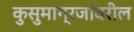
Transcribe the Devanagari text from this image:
कुसुमाग्रजांवरील